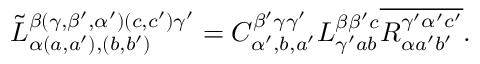
\begin{array} { r } { \Tilde { L } _ { \alpha ( a , a ^ { \prime } ) , ( b , b ^ { \prime } ) } ^ { \beta ( \gamma , \beta ^ { \prime } , \alpha ^ { \prime } ) ( c , c ^ { \prime } ) \gamma ^ { \prime } } = C _ { \alpha ^ { \prime } , b , a ^ { \prime } } ^ { \beta ^ { \prime } \gamma \gamma ^ { \prime } } L _ { \gamma ^ { \prime } a b } ^ { \beta \beta ^ { \prime } c } \overline { { R _ { \alpha a ^ { \prime } b ^ { \prime } } ^ { \gamma ^ { \prime } \alpha ^ { \prime } c ^ { \prime } } } } . } \end{array}